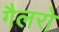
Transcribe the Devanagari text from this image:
गैलरो